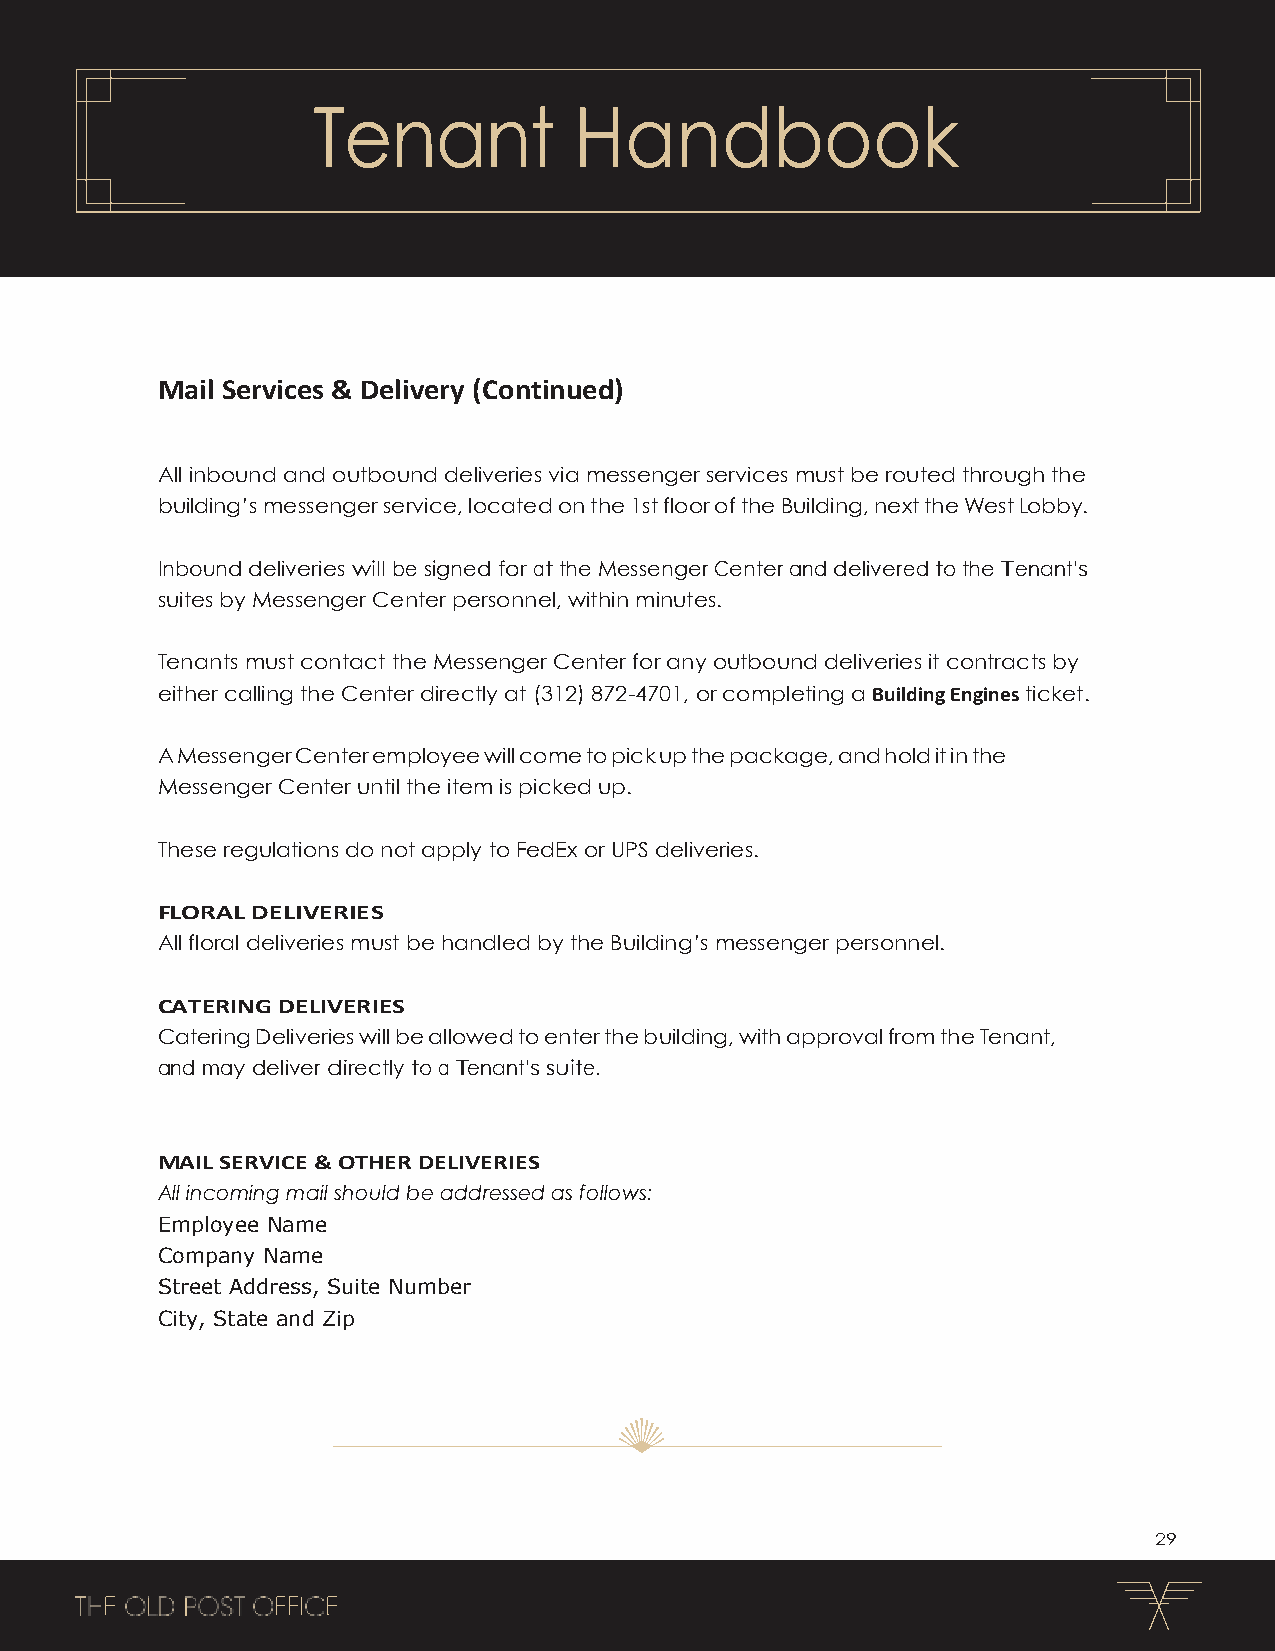
Tenant           Handbook
 Mail Services & Delivery (Continued)
 All inbound and outbound deliveries via messenger services must be routed through the
 building’s messenger service, located on the 1st floor of the Building, next the West Lobby.
 Inbound deliveries will be signed for at the Messenger Center and delivered to the Tenant’s
 suites by Messenger Center personnel, within minutes.
 Tenants must contact the Messenger Center for any outbound deliveries it contracts by
 either calling the Center directly at (312) 872-4701, or completing a Building Engines ticket.
 A Messenger Center employee will come to pick up the package, and hold it in the
 Messenger Center until the item is picked up.
 These regulations do not apply to FedEx or UPS deliveries.
 FLORAL DELIVERIES
 All floral deliveries must be handled by the Building’s messenger personnel.
 CATERING DELIVERIES
 Catering Deliveries will be allowed to enter the building, with approval from the Tenant,
 and may deliver directly to a Tenant’s suite.
 MAIL SERVICE & OTHER DELIVERIES
 All incoming mail should be addressed as follows:
 Employee Name
 Company Name
 Street Address, Suite Number
 City, State and Zip
 29